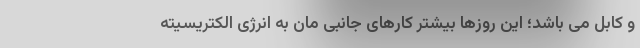
و کابل می باشد؛ این روزها بیشتر کارهای جانبی مان به انرژی الکتریسیته